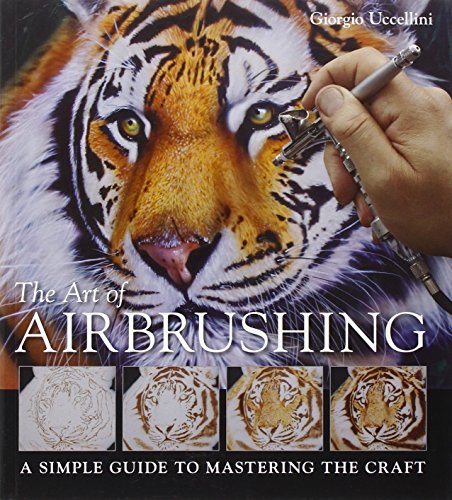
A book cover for The Art of Airbrushing: A Simple Guide to Mastering the Craft; Giorgio Uccellini; Arts & Photography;